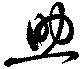
助